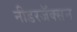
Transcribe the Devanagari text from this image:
नीडरजॅक्सन